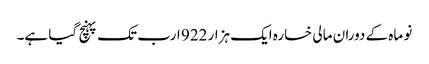
نو ماہ کے دوران مالی خسارہ ایک ہزار 922 ارب تک پہنچ گیا ہے۔